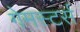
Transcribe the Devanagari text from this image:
गेमस्टर्स